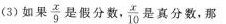
(3)如果 $$\frac { x } { 9 }$$ 是假分数， $$\frac { x } { 1 0 }$$ 是真分数，那